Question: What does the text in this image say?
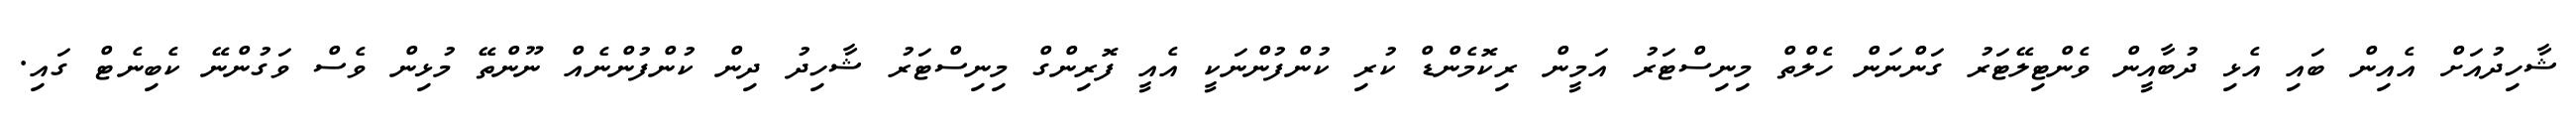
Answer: ޝާހިދުއަށް އެއިން ބައި އެޅި ދުބާއީން ވެންޓިލޭޓަރު ގަންނަން ހެލްތް މިނިސްޓަރު އަމީން ރިކޮމެންޑް ކުރި ކުންފުންނަކީ އެއީ ފޮރިންގް މިނިސްޓަރު ޝާހިދު ދިން ކުންފުންނެއް ނޫންތޭ މުޅިން ވެސް ވަގުންނޭ ކެބިނެޓް ގައި.